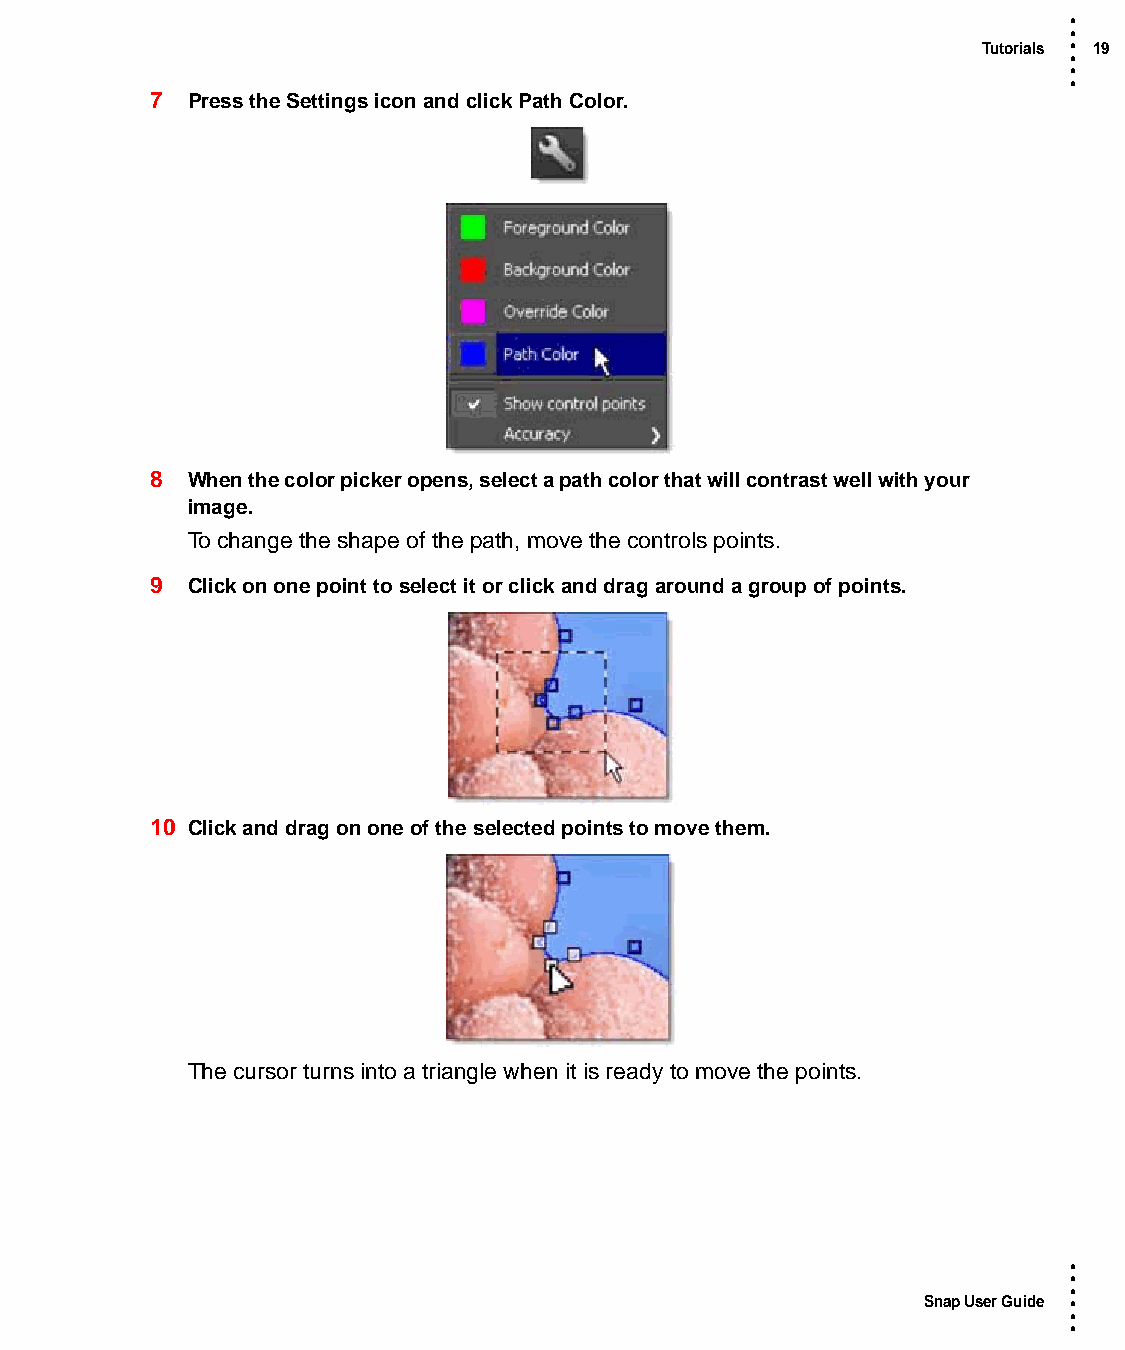
•
 •
 Tutorials • 19
 •
 •
 •
 7 Press the Settings icon and click Path Color.
 8 When the color picker opens, select a path color that will contrast well with your
 image.
 To change the shape of the path, move the controls points.
 9 Click on one point to select it or click and drag around a group of points.
 10 Click and drag on one of the selected points to move them.
 The cursor turns into a triangle when it is ready to move the points.
 •
 •
 •
 Snap User Guide •
 •
 •